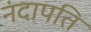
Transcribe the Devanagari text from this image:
नंदापति